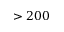
> 2 0 0